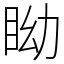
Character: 眑